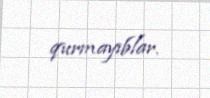
qurmayıblar.